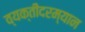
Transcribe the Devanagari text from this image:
व्यक्तींदरम्यान